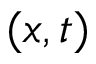
( x , t )